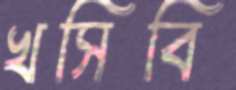
খসিবি